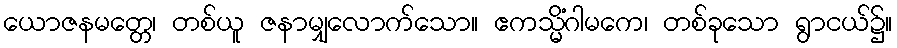
ယောဇနမတ္တေ၊ တစ်ယူ ဇနာမျှလောက်သော။ ဧကသ္မိံဂါမကေ၊ တစ်ခုသော ရွာငယ်၌။